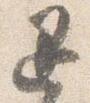
退